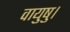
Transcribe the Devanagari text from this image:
वायुषु।